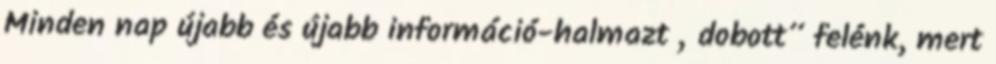
Min­den nap újabb és újabb információ-halmazt „dobott” felénk, mert